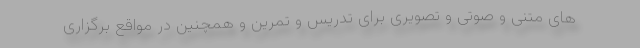
های متنی و صوتی و تصویری برای تدریس و تمرین و همچنین در مواقع برگزاری